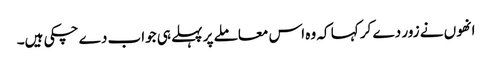
انھوں نے زور دے کر کہا کہ وہ اس معاملے پر پہلے ہی جواب دے چکی ہیں۔